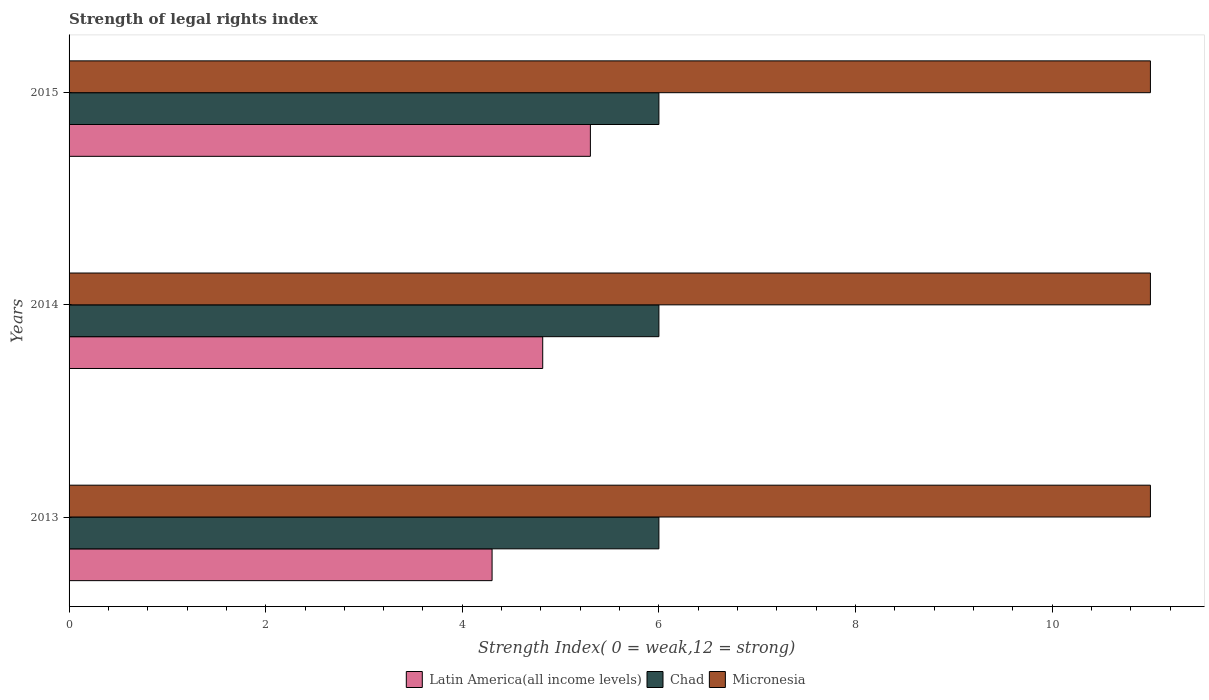
| Years | Latin America(all income levels) | Chad | Micronesia |
 | --- | --- | --- | --- |
 | 2013 | 4.3 | 6 | 11 |
 | 2014 | 4.82 | 6 | 11 |
 | 2015 | 5.3 | 6 | 11 |